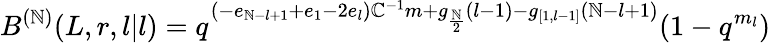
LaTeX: B^{(\mathbb{N})}(L,r,l|l)=q^{(-e_{\mathbb{N}-l+1}+e_{1}-2e_{l})\mathbb{C}^{-1}m+g_{\frac{{\mathbb{N}}}{{2}}}(l-1)-g_{[1,l-1]}(\mathbb{N}-l+1)}(1-q^{m_{l}})